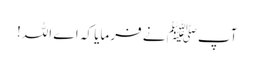
آپﷺ نے فرمایا کہ اے اللہ!